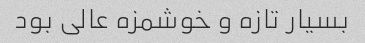
بسیار تازه و خوشمزه عالی بود